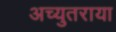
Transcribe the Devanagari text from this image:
अच्युतराया